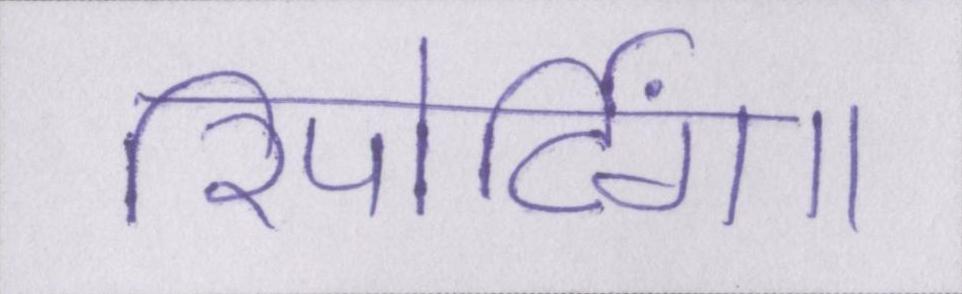
रिपोर्टिंग।